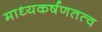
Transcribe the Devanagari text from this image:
माध्यकर्षणतत्व